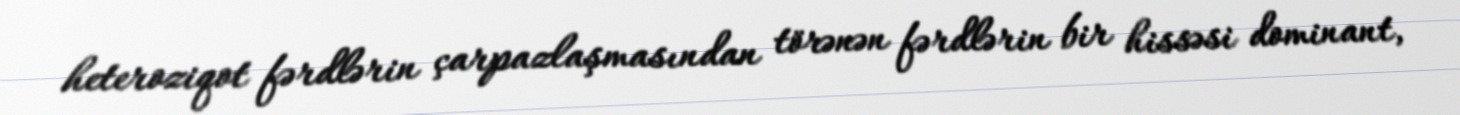
heteroziqot fərdlərin çarpazlaşmasından törənən fərdlərin bir hissəsi dominant,